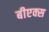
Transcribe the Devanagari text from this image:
बीएक्स